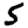
Digit: 5